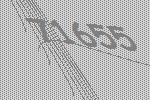
71655